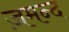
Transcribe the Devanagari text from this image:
ज़मन्द